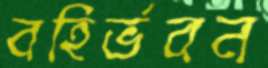
বহির্ভবন